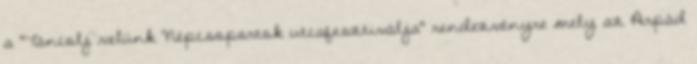
a "Táncolj velünk Népcsoportok utcafesztiválja" rendezvényre mely az Árpád